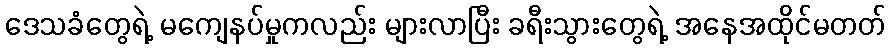
ဒေသခံတွေရဲ့ မကျေနပ်မှုကလည်း များလာပြီး ခရီးသွားတွေရဲ့ အနေအထိုင်မတတ်